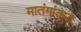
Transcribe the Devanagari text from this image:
मातंगांकडे